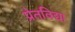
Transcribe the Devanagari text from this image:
प्रेतविद्या